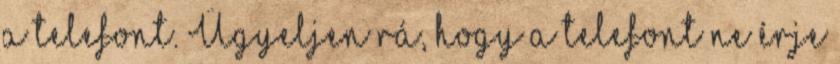
a telefont. Ügyeljen rá, hogy a telefont ne érje